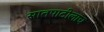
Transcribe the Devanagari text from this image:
सातपाटीलाच